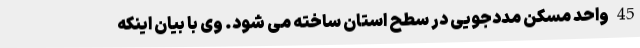
45 واحد مسکن مددجویی در سطح استان ساخته می شود. وی با بیان اینکه